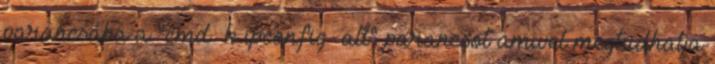
parancsába a "cmd k ipconfig all" parancsot amivel megtudhatja